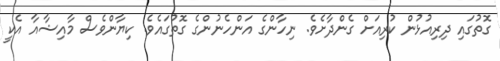
ގޮތުގައި ދިރިއުޅުން ކުރިއަށް ގެންދާށެވެ. ނިހާންގެ އަންހެނުންގެ ގޮތުގައެވެ. ކިޔާންވެސް މާއިޝާއާ އެކީ